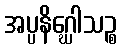
အပ္ပနိဂ္ဃေါသဉ္စ